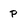
Character: p